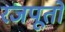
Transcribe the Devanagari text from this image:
रजपूतो